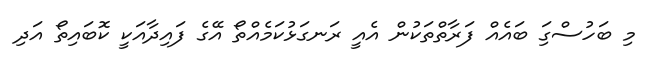
މި ބަހުސްގަި ބައެއް ފަރާތްތަކުން އެއީ ރަނގަޅުކަމެއްތޯ އޭގެ ފައިދާއަކީ ކޮބައިތޯ އަދި